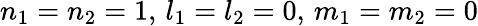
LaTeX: n_{1}=n_{2}=1,\, l_{1}=l_{2}=0,\, m_{1}=m_{2}=0